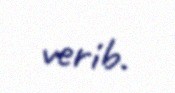
verib.